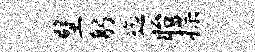
壁躬迄眙揲